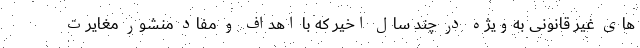
های غیر قانونی به‌ویژه در چند سال اخیر که با اهداف و مفاد منشور مغایرت